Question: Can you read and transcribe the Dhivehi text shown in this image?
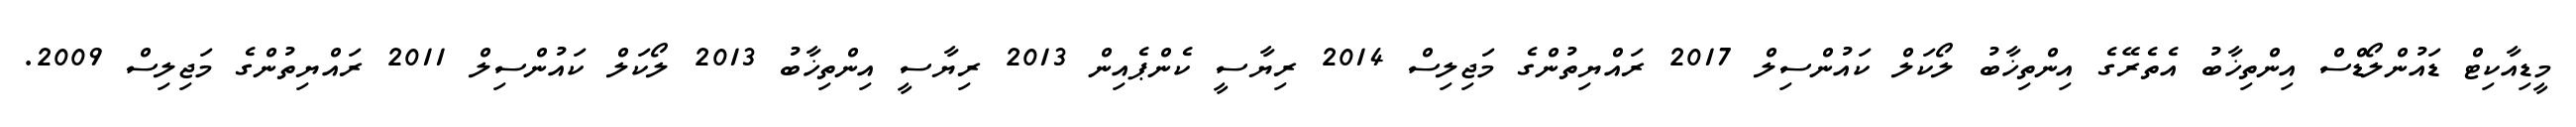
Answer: މީޑިއާކިޓް ޑައުންލޯޑްސް އިންތިޚާބު އެތެރޭގެ އިންތިޚާބު ލޯކަލް ކައުންސިލް 2017 ރައްޔިތުންގެ މަޖިލިސް 2014 ރިޔާސީ ކެންޕެއިން 2013 ރިޔާސީ އިންތިޚާބު 2013 ލޯކަލް ކައުންސިލް 2011 ރައްޔިތުންގެ މަޖިލިސް 2009.